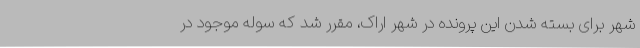
شهر برای بسته شدن این پرونده در شهر اراک، مقرر شد که سوله موجود در